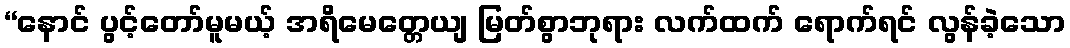
“နောင် ပွင့်တော်မူမယ့် အရိမေတ္တေယျ မြတ်စွာဘုရား လက်ထက် ရောက်ရင် လွန်ခဲ့သော